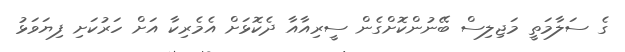
ގެ ސަލާމަތީ މަޖިލިސް ބޭނުންކޮށްގެން ސީރިއާއާ ދެކޮޅަށް އެމެރިކާ އަށް ހަރުކަށި ފިޔަވަޅު